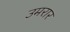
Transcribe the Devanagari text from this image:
उमरार